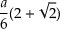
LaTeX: { \frac { a } { 6 } } ( 2 + { \sqrt { 2 } } )